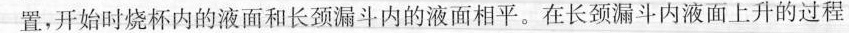
置，开始时烧杯内的液面和长颈漏斗内的液面相平。在长颈漏斗内液面上升的过程